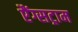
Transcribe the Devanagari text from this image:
एैंग्सट्राम